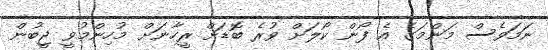
ނަމަވެސް މަންމަގެ އެ ފޯން ކޯލަށް ވުރެ ބޮޑަށް ރީހާނަށް މުހިންމުވީ ޖީބުން